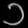
Digit: ၁